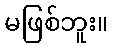
မဖြစ်ဘူး။